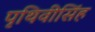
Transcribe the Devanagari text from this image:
पृथिवीसिंह